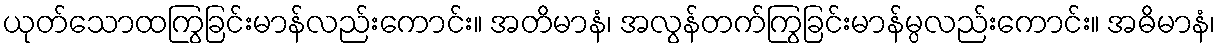
ယုတ်သောထကြွခြင်းမာန်လည်းကောင်း။ အတိမာနံ၊ အလွန်တက်ကြွခြင်းမာန်မ္ပလည်းကောင်း။ အဓိမာနံ၊